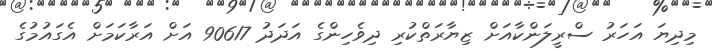
މިދިޔަ އަހަރު ސްރީލަންކާއަށް ޒިޔާރަތްކުރި ދިވެހިންގެ އަދަދު 90617 އަށް އަރާކަމަށް އެގައުމުގެ